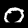
Digit: 0